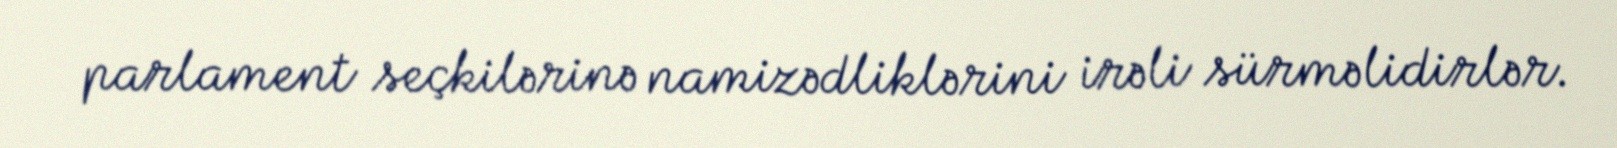
parlament seçkilərinə namizədliklərini irəli sürməlidirlər.